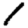
Digit: 1